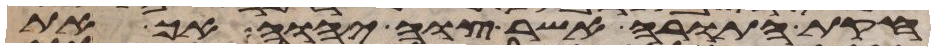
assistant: חקת התורה אשר צוה יהוה אך את